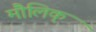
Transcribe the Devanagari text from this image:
मौलिक्